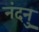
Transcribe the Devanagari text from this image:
नंदनु